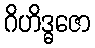
ဂိဟိဒ္ဓဇော